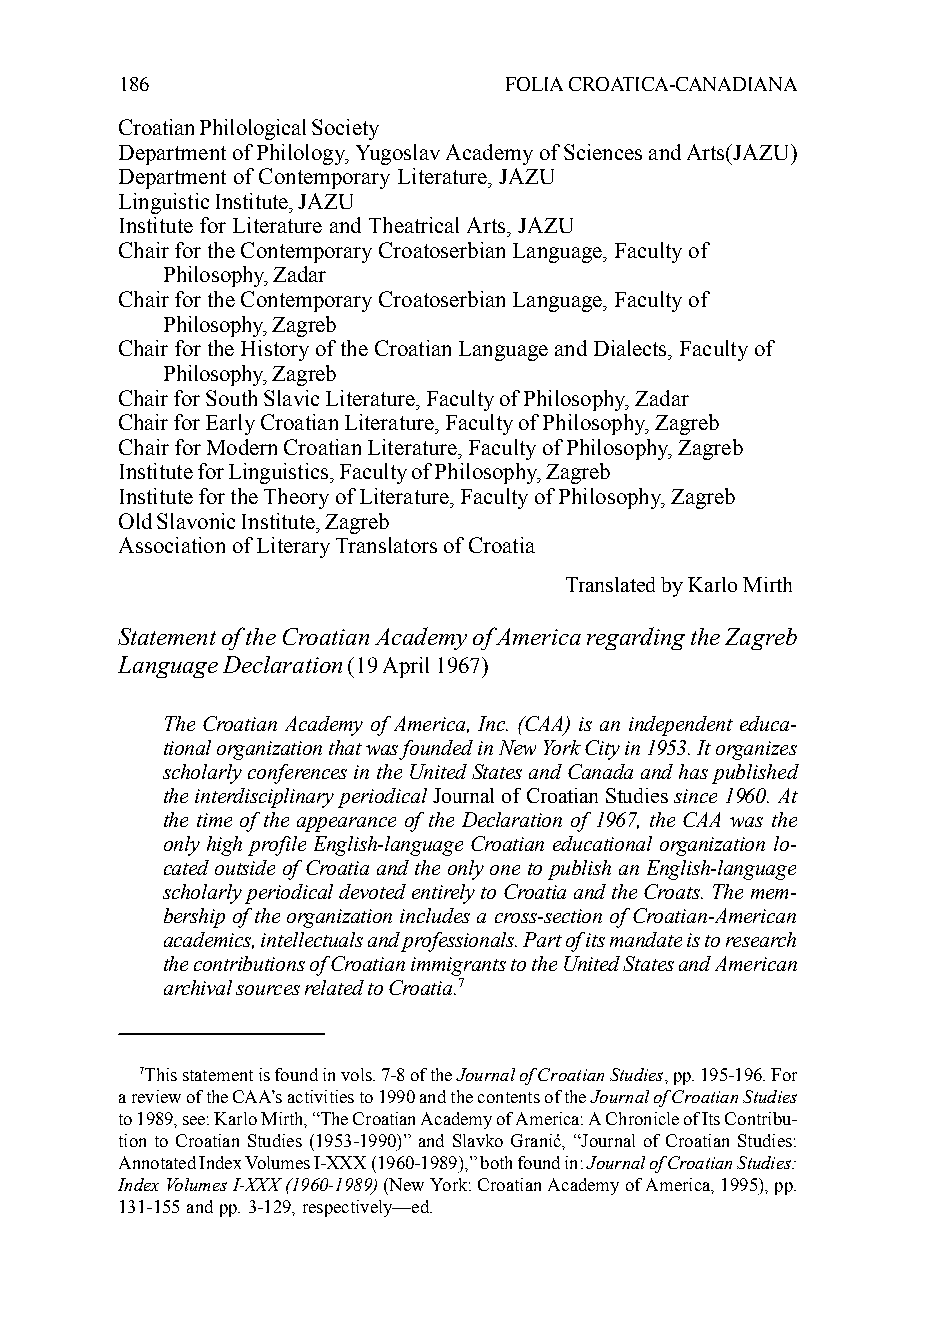
186                      FOLIA CROATICA-CANADIANA
 Croatian Philological Society
 Department of Philology, Yugoslav Academy of Sciences and Arts(JAZU)
 Department of Contemporary Literature, JAZU
 Linguistic Institute, JAZU
 Institute for Literature and Theatrical Arts, JAZU
 Chair for the Contemporary Croatoserbian Language, Faculty of
 Philosophy, Zadar
 Chair for the Contemporary Croatoserbian Language, Faculty of
 Philosophy, Zagreb
 Chair for the History of the Croatian Language and Dialects, Faculty of
 Philosophy, Zagreb
 Chair for South Slavic Literature, Faculty of Philosophy, Zadar
 Chair for Early Croatian Literature, Faculty of Philosophy, Zagreb
 Chair for Modern Croatian Literature, Faculty of Philosophy, Zagreb
 Institute for Linguistics, Faculty of Philosophy, Zagreb
 Institute for the Theory of Literature, Faculty of Philosophy, Zagreb
 Old Slavonic Institute, Zagreb
 Association of Literary Translators of Croatia
 Translated by Karlo Mirth
 Statement of the Croatian Academy of America regarding the Zagreb
 Language Declaration (19 April 1967)
 The Croatian Academy of America, Inc. (CAA) is an independent educa-
 tional organization that was founded in New York City in 1953. It organizes
 scholarly conferences in the United States and Canada and has published
 the interdisciplinary periodical Journal of Croatian Studies since 1960. At
 the time of the appearance of the Declaration of 1967, the CAA was the
 only high profile English-language Croatian educational organization lo-
 cated outside of Croatia and the only one to publish an English-language
 scholarly periodical devoted entirely to Croatia and the Croats. The mem-
 bership of the organization includes a cross-section of Croatian-American
 academics, intellectuals and professionals. Part of its mandate is to research
 the contributions of Croatian immigrants to the United States and American
 archival sources related to Croatia.7
 7This statement is found in vols. 7-8 of the Journal of Croatian Studies, pp. 195-196. For
 a review of the CAA’s activities to 1990 and the contents of the Journal of Croatian Studies
 to 1989, see: Karlo Mirth, “The Croatian Academy of America: A Chronicle of Its Contribu-
 tion to Croatian Studies (1953-1990)” and Slavko Granić, “Journal of Croatian Studies:
 Annotated Index Volumes I-XXX (1960-1989),” both found in: Journal of Croatian Studies:
 Index Volumes I-XXX (1960-1989) (New York: Croatian Academy of America, 1995), pp.
 131-155 and pp. 3-129, respectively—ed.